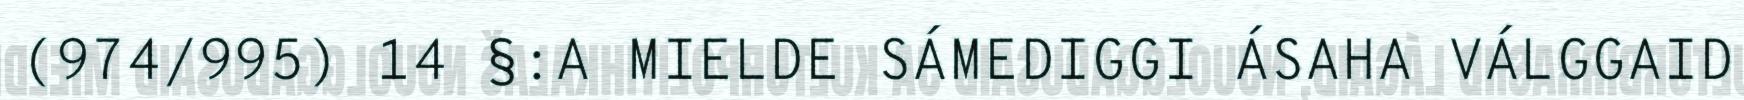
(974/995) 14 §:A MIELDE SÁMEDIGGI ÁSAHA VÁLGGAID